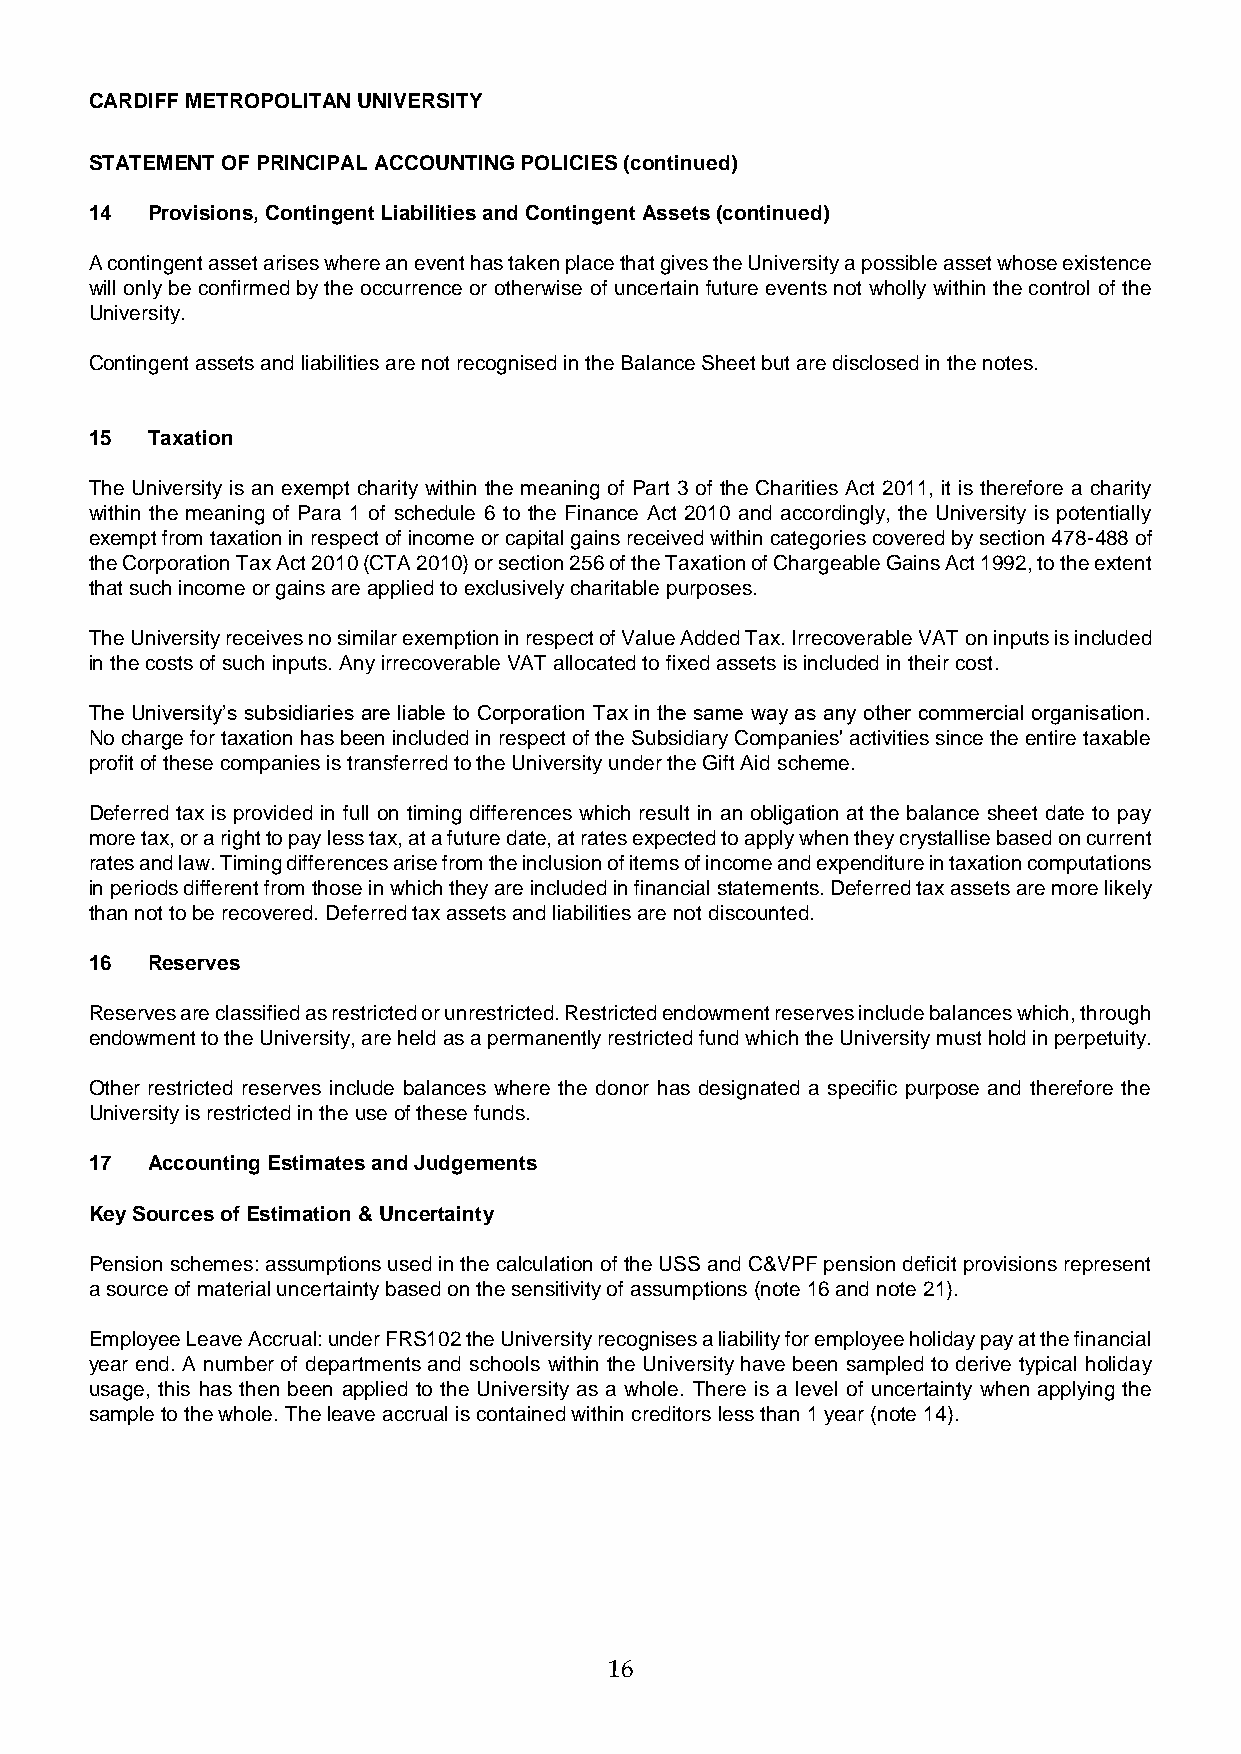
CARDIFF METROPOLITAN UNIVERSITY
 STATEMENT OF PRINCIPAL ACCOUNTING POLICIES (continued)
 14  Provisions, Contingent Liabilities and Contingent Assets (continued)
 A contingent asset arises where an event has taken place that gives the University a possible asset whose existence
 will only be confirmed by the occurrence or otherwise of uncertain future events not wholly within the control of the
 University.
 Contingent assets and liabilities are not recognised in the Balance Sheet but are disclosed in the notes.
 15  Taxation
 The University is an exempt charity within the meaning of Part 3 of the Charities Act 2011, it is therefore a charity
 within the meaning of Para 1 of schedule 6 to the Finance Act 2010 and accordingly, the University is potentially
 exempt from taxation in respect of income or capital gains received within categories covered by section 478-488 of
 the Corporation Tax Act 2010 (CTA 2010) or section 256 of the Taxation of Chargeable Gains Act 1992, to the extent
 that such income or gains are applied to exclusively charitable purposes.
 The University receives no similar exemption in respect of Value Added Tax. Irrecoverable VAT on inputs is included
 in the costs of such inputs. Any irrecoverable VAT allocated to fixed assets is included in their cost.
 The University’s subsidiaries are liable to Corporation Tax in the same way as any other commercial organisation.
 No charge for taxation has been included in respect of the Subsidiary Companies' activities since the entire taxable
 profit of these companies is transferred to the University under the Gift Aid scheme.
 Deferred tax is provided in full on timing differences which result in an obligation at the balance sheet date to pay
 more tax, or a right to pay less tax, at a future date, at rates expected to apply when they crystallise based on current
 rates and law. Timing differences arise from the inclusion of items of income and expenditure in taxation computations
 in periods different from those in which they are included in financial statements. Deferred tax assets are more likely
 than not to be recovered. Deferred tax assets and liabilities are not discounted.
 16  Reserves
 Reserves are classified as restricted or unrestricted. Restricted endowment reserves include balances which, through
 endowment to the University, are held as a permanently restricted fund which the University must hold in perpetuity.
 Other restricted reserves include balances where the donor has designated a specific purpose and therefore the
 University is restricted in the use of these funds.
 17  Accounting Estimates and Judgements
 Key Sources of Estimation & Uncertainty
 Pension schemes: assumptions used in the calculation of the USS and C&VPF pension deficit provisions represent
 a source of material uncertainty based on the sensitivity of assumptions (note 16 and note 21).
 Employee Leave Accrual: under FRS102 the University recognises a liability for employee holiday pay at the financial
 year end. A number of departments and schools within the University have been sampled to derive typical holiday
 usage, this has then been applied to the University as a whole. There is a level of uncertainty when applying the
 sample to the whole. The leave accrual is contained within creditors less than 1 year (note 14).
 16